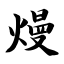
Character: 熳